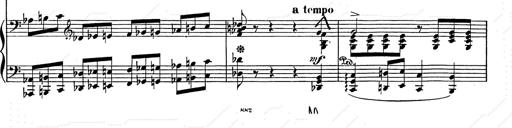
Title: Festvorspiel
Composer: Franz Liszt